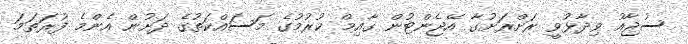
ސުޖާއު ވިދާޅުވީ ރަށްރަށުގާ އޭޖެންޓުން ގާއިމް ކުރުމުގެ މަސައްކަތުގެ ދަށުން އެންމެ ފުރަތަމަ